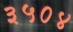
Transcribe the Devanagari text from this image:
३५०४